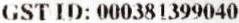
GST ID: 000381399040